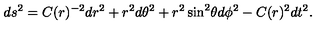
d s ^ { 2 } = C ( r ) ^ { - 2 } d r ^ { 2 } + r ^ { 2 } d \theta ^ { 2 } + r ^ { 2 } \sin ^ { 2 } \! \theta d \phi ^ { 2 } - C ( r ) ^ { 2 } d t ^ { 2 } .